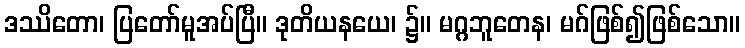
ဒဿိတော၊ ပြတော်မူအပ်ပြီ။ ဒုတိယနယေ၊ ၌။ မဂ္ဂဘူတေန၊ မဂ်ဖြစ်၍ဖြစ်သော။